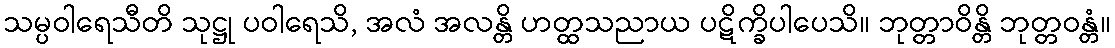
သမ္ပဝါရေသီတိ သုဋ္ဌု ပဝါရေသိ, အလံ အလန္တိ ဟတ္ထသညာယ ပဋိက္ခိပါပေသိ။ ဘုတ္တာဝိန္တိ ဘုတ္တဝန္တံ။